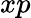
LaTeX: xp